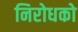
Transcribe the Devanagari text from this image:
निरोधको